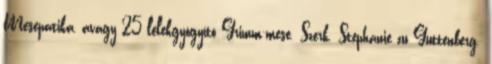
Mesepatika, avagy 25 lélekgyógyító Grimm-mese. Szerk. Stephanie zu Guttenberg.